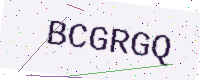
Text: BCGRGQ